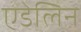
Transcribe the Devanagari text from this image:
एडेलिन